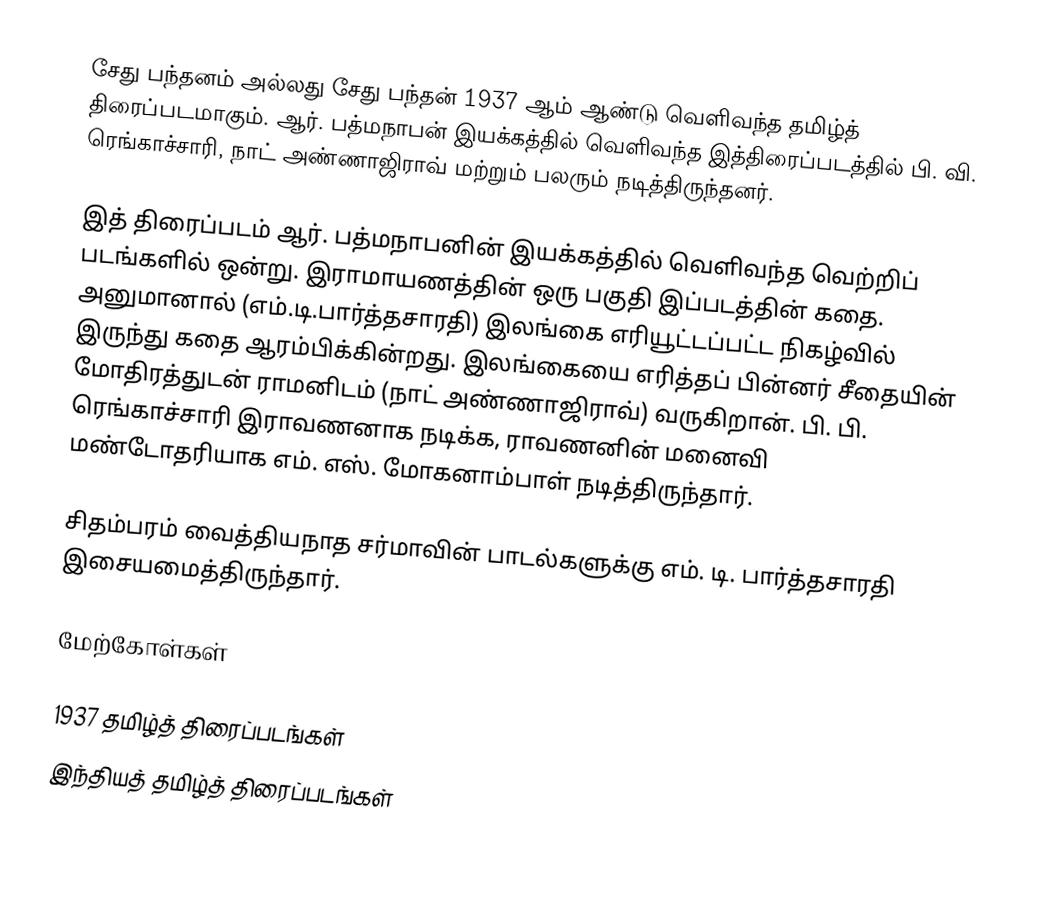
சேது பந்தனம் அல்லது சேது பந்தன் 1937 ஆம் ஆண்டு வெளிவந்த தமிழ்த் திரைப்படமாகும். ஆர். பத்மநாபன் இயக்கத்தில் வெளிவந்த இத்திரைப்படத்தில் பி. வி. ரெங்காச்சாரி, நாட் அண்ணாஜிராவ் மற்றும் பலரும் நடித்திருந்தனர்.

இத் திரைப்படம் ஆர். பத்மநாபனின் இயக்கத்தில் வெளிவந்த வெற்றிப் படங்களில் ஒன்று. இராமாயணத்தின் ஒரு பகுதி இப்படத்தின் கதை. அனுமானால் (எம்.டி.பார்த்தசாரதி) இலங்கை எரியூட்டப்பட்ட நிகழ்வில் இருந்து கதை ஆரம்பிக்கின்றது. இலங்கையை எரித்தப் பின்னர் சீதையின் மோதிரத்துடன் ராமனிடம் (நாட் அண்ணாஜிராவ்) வருகிறான். பி. பி. ரெங்காச்சாரி இராவணனாக நடிக்க, ராவணனின் மனைவி மண்டோதரியாக எம். எஸ். மோகனாம்பாள் நடித்திருந்தார்.

சிதம்பரம் வைத்தியநாத சர்மாவின் பாடல்களுக்கு எம். டி. பார்த்தசாரதி இசையமைத்திருந்தார்.

மேற்கோள்கள்

1937 தமிழ்த் திரைப்படங்கள்
இந்தியத் தமிழ்த் திரைப்படங்கள்